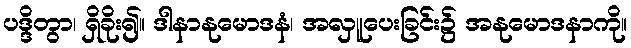
ပဒ္ဒိတွာ၊ ရှိခိုး၍။ ဒါနာနုမောဒနံ၊ အလှူပေးခြင်း၌ အနုမောဒနာကို။